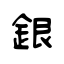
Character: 銀